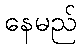
နေမည်